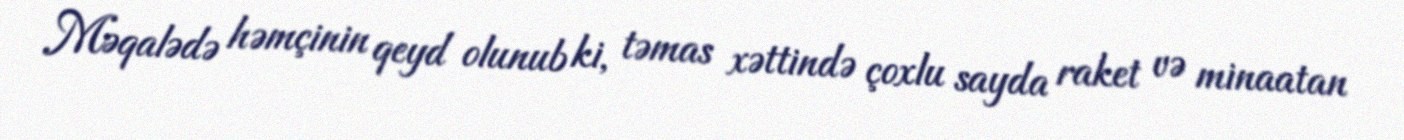
Məqalədə həmçinin qeyd olunub ki, təmas xəttində çoxlu sayda raket və minaatan